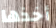
أخذها